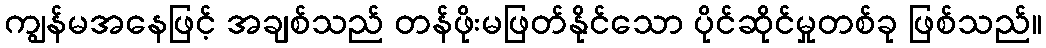
ကျွန်မအနေဖြင့် အချစ်သည် တန်ဖိုးမဖြတ်နိုင်သော ပိုင်ဆိုင်မှုတစ်ခု ဖြစ်သည်။